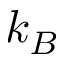
k _ { B }